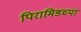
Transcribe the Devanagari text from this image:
पिरामिडच्या